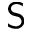
\mathsf { S }